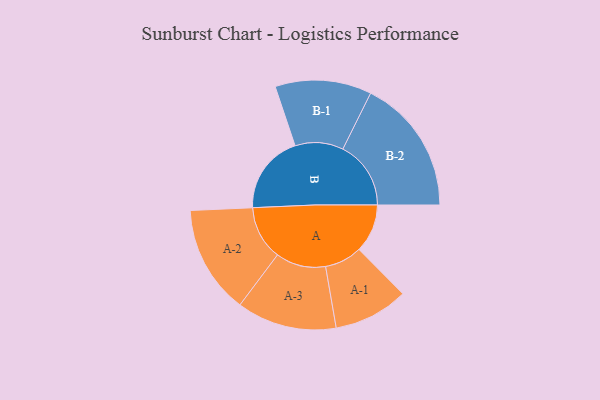
{"axis": {"x": "Segment", "y": "Value"}, "legend": ["", "A", "B"], "data": [{"x": "A", "y": 188, "type": ""}, {"x": "B", "y": 307, "type": ""}, {"x": "A-1", "y": 145, "type": "A"}, {"x": "A-2", "y": 210, "type": "A"}, {"x": "A-3", "y": 194, "type": "A"}, {"x": "B-1", "y": 187, "type": "B"}, {"x": "B-2", "y": 264, "type": "B"}]}